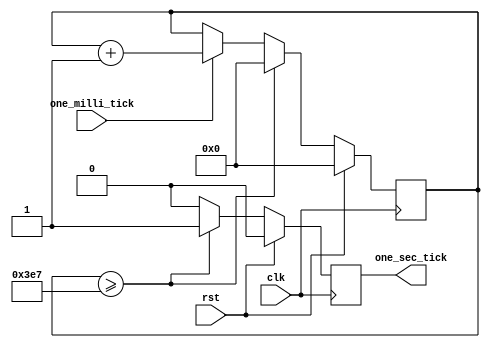
`timescale 1ns / 1ps
//////////////////////////////////////////////////////////////////////////////////
// Company: 
// Engineer: 
// 
// Design Name: 
// Module Name: one_second_timer
// Project Name: 
// Target Devices: 
// Tool Versions: 
// Description: 
// 
// Dependencies: 
// 
// Revision:
// Revision 0.01 - File Created
// Additional Comments:
// 
//////////////////////////////////////////////////////////////////////////////////


module one_second_timer(
  input wire clk, 
  input wire rst,
  input wire one_milli_tick,
  output reg one_sec_tick
  );
  
  localparam TIMER_CONST = 10'd1_000;
  
  reg one_sec_tick_nxt = 1'b0;
  reg [9:0] counter, counter_nxt = 10'd0;
  
  always @(*)
  begin
    if( counter >= (TIMER_CONST-1) ) 
      begin
        one_sec_tick_nxt = 1'b1;
        counter_nxt = 10'h000;
      end
    else
      begin 
        one_sec_tick_nxt = 1'b0;
        counter_nxt = (one_milli_tick) ? (counter + 1) : counter;
      end
  end
  
  always @( posedge clk )
  begin
    if(rst) begin
      one_sec_tick <= 1'b0;
      counter <= 10'd0;
    end else begin
      one_sec_tick <= one_sec_tick_nxt;
      counter <= counter_nxt;
    end
  end
  
endmodule